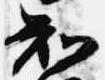
知